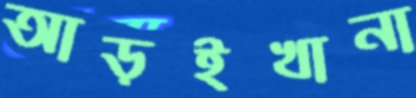
আড়ইখানা